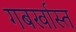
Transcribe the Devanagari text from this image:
गबर्खास्‍त